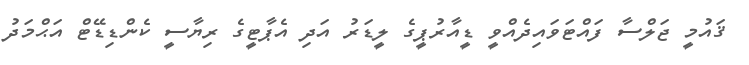
ޤައުމީ ޖަލްސާ ފައްޓަވައިދެއްވީ ޑީއާރުޕީގެ ލީޑަރު އަދި އެޕާޓީގެ ރިޔާސީ ކެންޑިޑޭޓް އަޙްމަދު